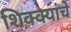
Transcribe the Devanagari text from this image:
शिक्क्यांचे